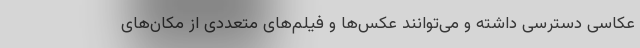
عکاسی دسترسی داشته و می‌توانند عکس‌ها و فیلم‌های متعددی از مکان‌های